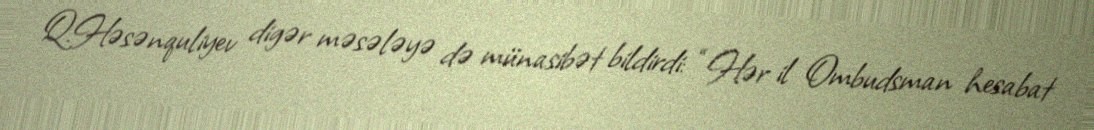
Q.Həsənquliyev digər məsələyə də münasibət bildirdi: “Hər il Ombudsman hesabat